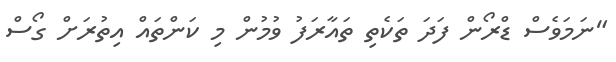
"ނަމަވެސް ޑްރޯން ފަދަ ތަކެތި ތައާރަފު ވުމުން މި ކަންތައް އިތުރަށް ގޯސް